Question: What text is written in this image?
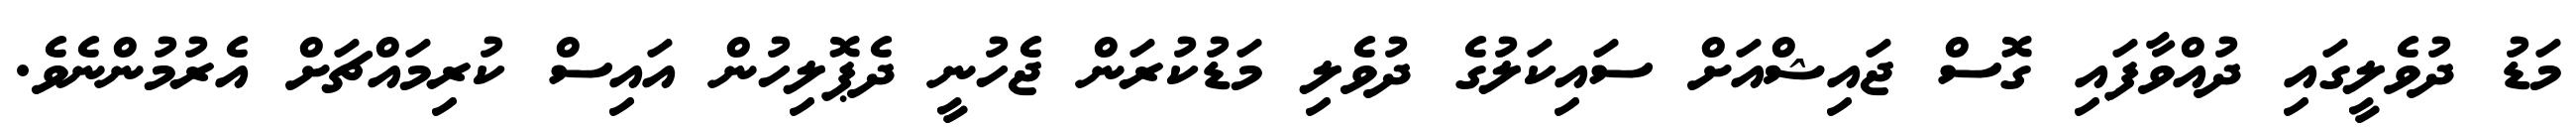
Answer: މަޑު ދުވެލީގައި ދުއްވާފައި ގޮސް ޖައިޝްއަށް ސައިކަލުގެ ދުވެލި މަޑުކުރަން ޖެހުނީ ދެޕޮލިހުން އައިސް ކުރިމައްޗަށް އެރުމުންނެވެ.